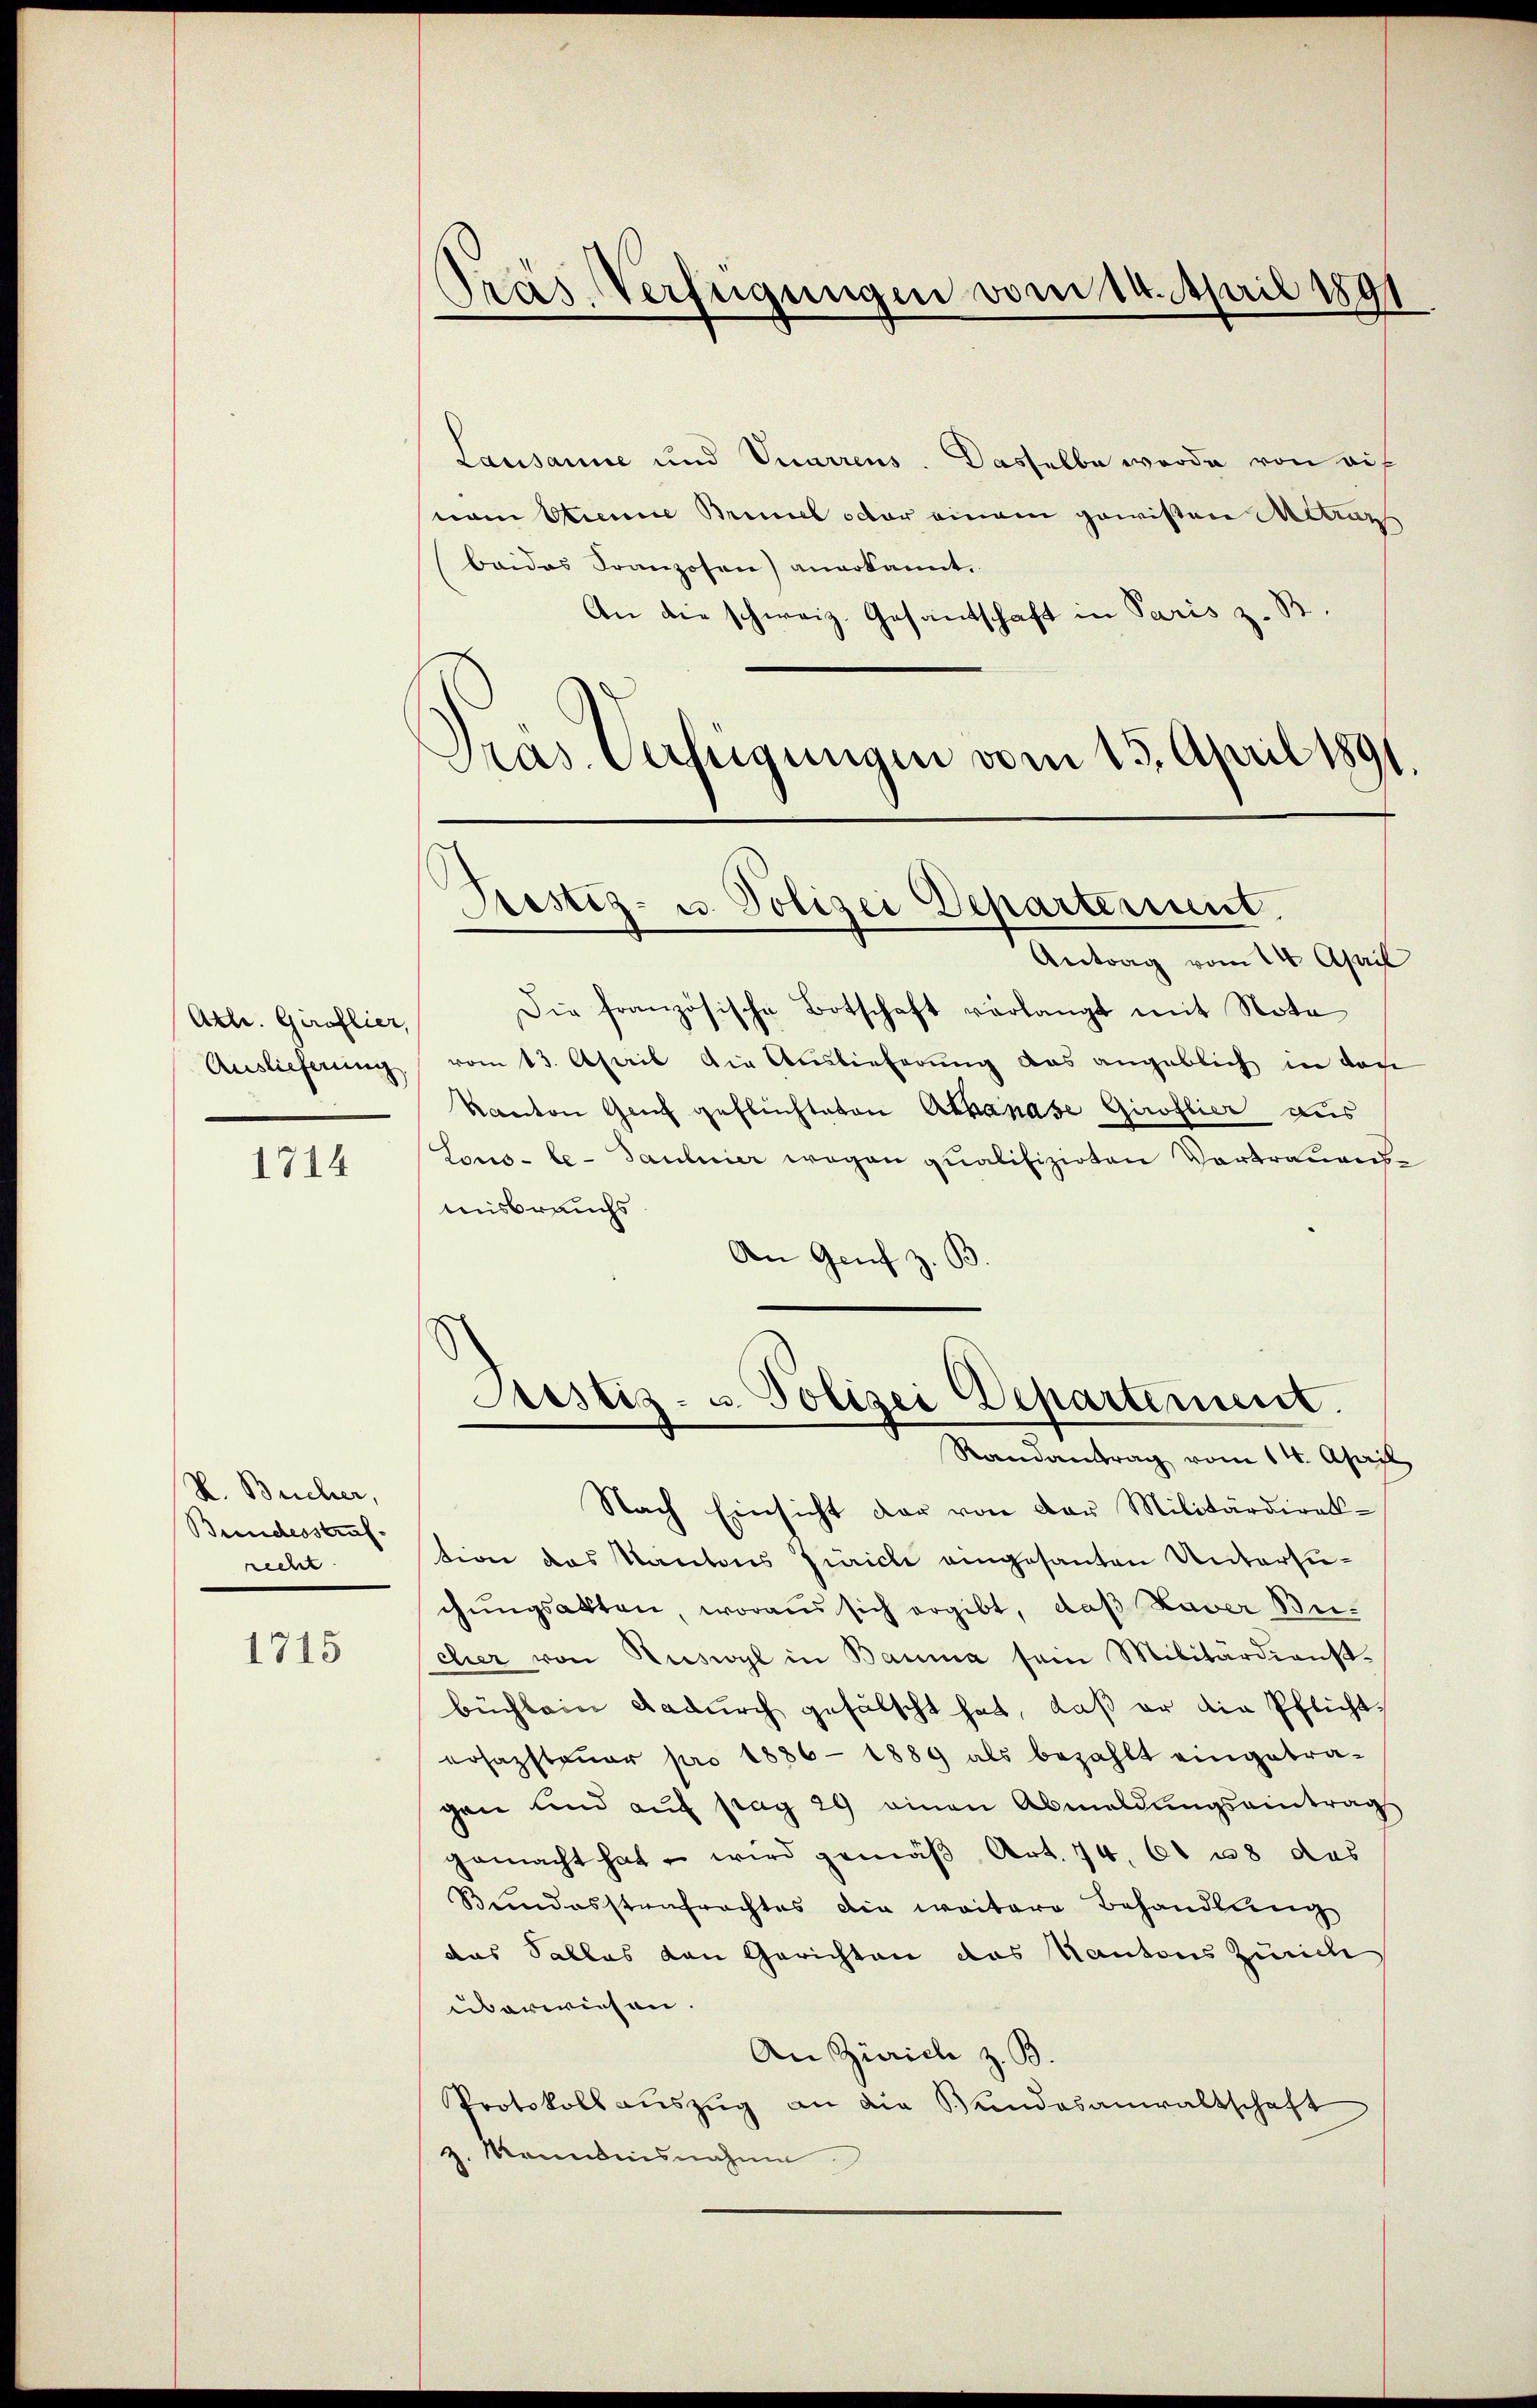
Ath. Giroflier,
Auslieferung

1714

V. Bücher,
Bundesstraf.
recht.

1715

Lausanne und Vuarrens. Dasselbe wurde von auf
nam Etienne Brinel octor einem gewisen Matraz
baides Franzosen) anerkannt.
An die schweiz. Gesandschaft in Paris z. B.
Pras. Verfügungen vom 15. April 1891

Präs. Verfügungen vom 14. April 1891

Festiz- u. Polizei Departeriunt

Antrag vom 14. April
Die französische Botschaft verlangt mit Nota
vom 13. April die Auslieferung aus angeblich in den
Kanton Gerich geflüchteten Athanase Giroflier aus
Lous-le- Paulier wegen qualifizirten Vortrauenstusbrauchs
An Genf z. B

Sistiz- u. Polizei Departement.
Randantrag vom 14. April

Nach Einsicht der von der Militärdirek-
tion des Kantons Zürich eingesanten Untersugungsakten, woraus sich ergibt, daß Haver Bucher von Ruswyl in Bauma sein Militärdienst-
büchlein dadurch gefälscht hat, daß er die Pflichtrsazsteuer pro 1886 - 1889 als bezahlt eingetra-
gen und auf pag 29 einen Abmeldungseintrag
gemacht hat u. wird gemäβ Art. 74. 61 68 das
Bundesstantrachtes die weitere Behandlung
das Salles von Gerichten das Kantons Zürich
überwiesen.
An Zürich z. B.
Protokoll aŭszŭg an die Bundesanwaltschaft
z. Kenntnisnahme